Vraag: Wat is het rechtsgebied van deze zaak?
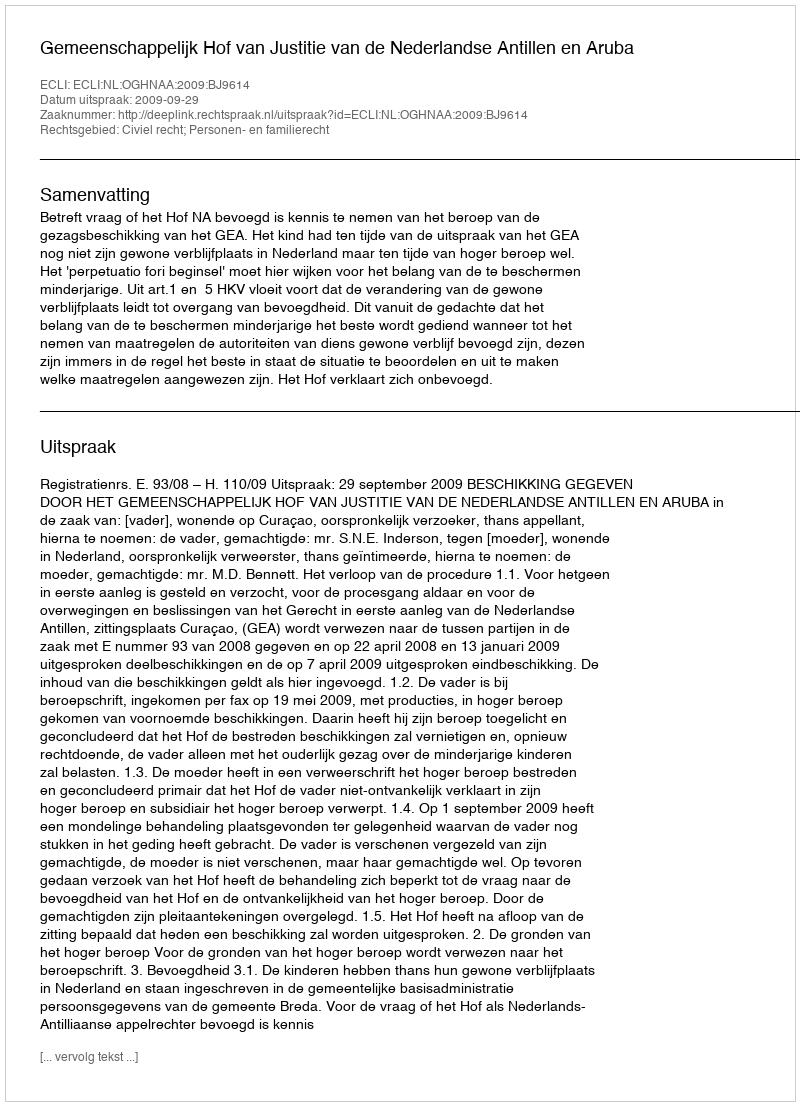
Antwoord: Civiel recht; Personen- en familierecht